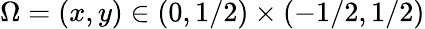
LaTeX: \Omega=(x,y)\in(0,1/2)\times(-1/2,1/2)